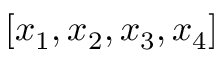
[ x _ { 1 } , x _ { 2 } , x _ { 3 } , x _ { 4 } ]